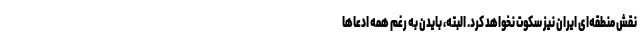
نقش منطقه‌ای ایران نیز سکوت نخواهد کرد. البته، بایدن به رغم همه ادعاها